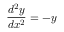
{ \frac { d ^ { 2 } y } { d x ^ { 2 } } } = - y